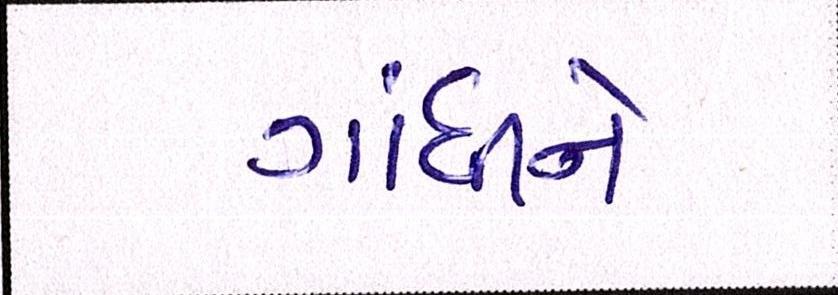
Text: ગાંધીને